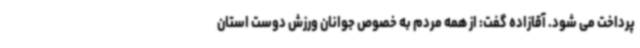
پرداخت می شود. آقازاده گفت: از همه مردم به خصوص جوانان ورزش دوست استان